Document type: Sale
Year: 1423
Scribe: Joan Franc
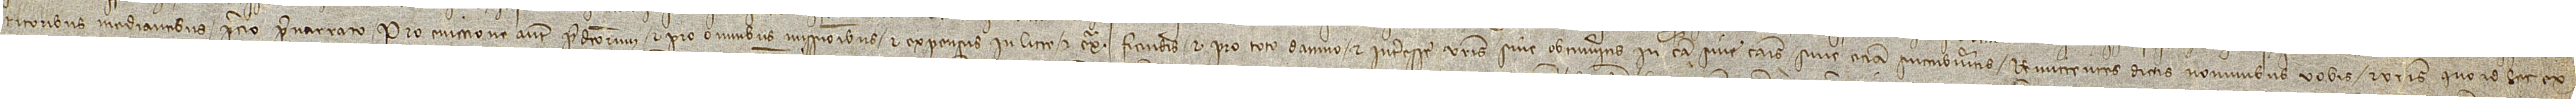
ritoribus mediantibus precio prenarrato. Pro eviccione autem predictorum et pro omnibus missionibus et expensis in litte et extra fiendis et pro toto damno et interesse vestris sive obtinueritis in causa sive causis sive etiam succubveritis. Remitentes dictis nominibus vobis et vestris quo ad hec ex